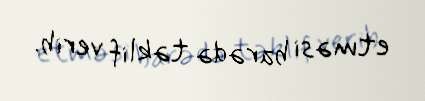
etməsi barədə təklif verib.